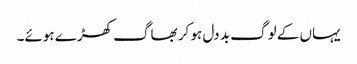
یہاں کے لوگ بد دل ہو کر بھاگ کھڑے ہوئے۔